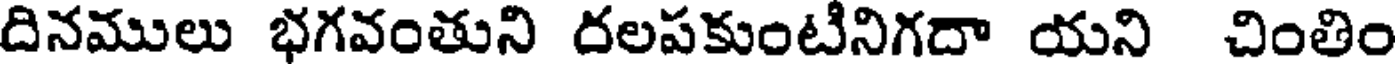
దినములు భగవంతుని దలపకుంటినిగదా యని చింతిం